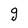
Character: g